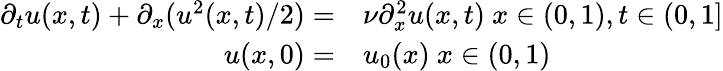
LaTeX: \begin{array}{rl}{\partial_{t}u(x,t)+\partial_{x}(u^{2}(x,t)/2)=}&{{}\nu\partial_{x}^{2}u(x,t)~x\in(0,1),t\in(0,1]}\\ {u(x,0)=}&{{}u_{0}(x)~x\in(0,1)}\end{array}